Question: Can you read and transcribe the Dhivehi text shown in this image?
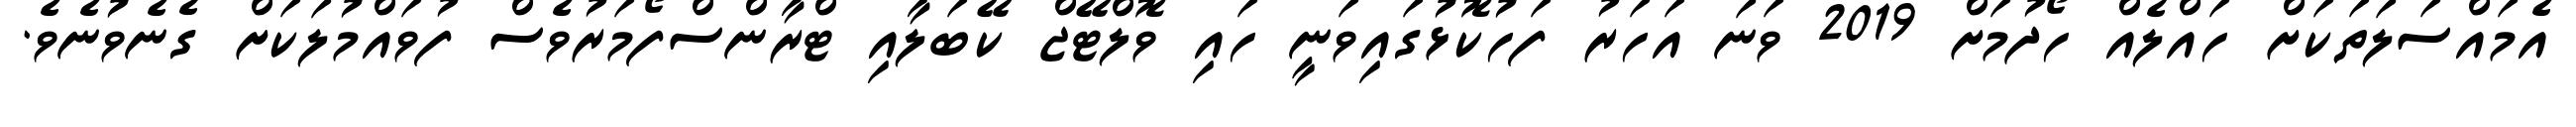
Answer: އެމައްސަލަތަކަށް ހައްލެއް ހޯދުމަށް 2019 ވަނަ އަހަރު ފަހުކޮޅުގައިވަނީ ހައި ވޮލްޓޭޖް ކޭބަލާއި ޓްރާންސްފޯމަރުވެސް ފުވައްމުލަކަށް ގެނެވުނެވެ.